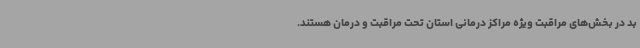
بد در بخش‌های مراقبت ویژه مراکز درمانی استان تحت مراقبت و درمان هستند.